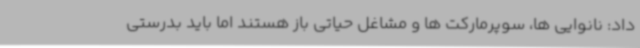
داد: نانوایی ها، سوپرمارکت ها و مشاغل حیاتی باز هستند اما باید بدرستی